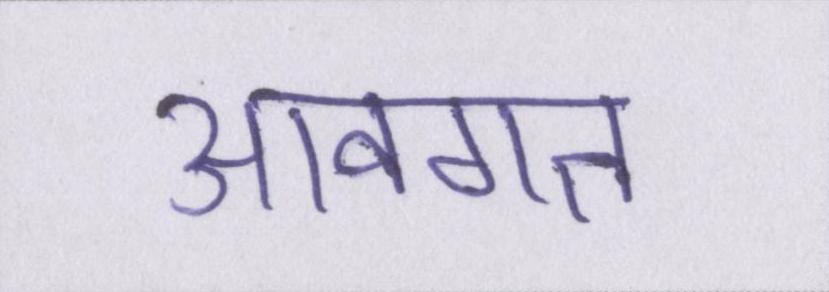
आवगत